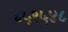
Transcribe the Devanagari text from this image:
८५९५४८